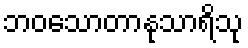
ဘဝသောတာနုသာရိသု